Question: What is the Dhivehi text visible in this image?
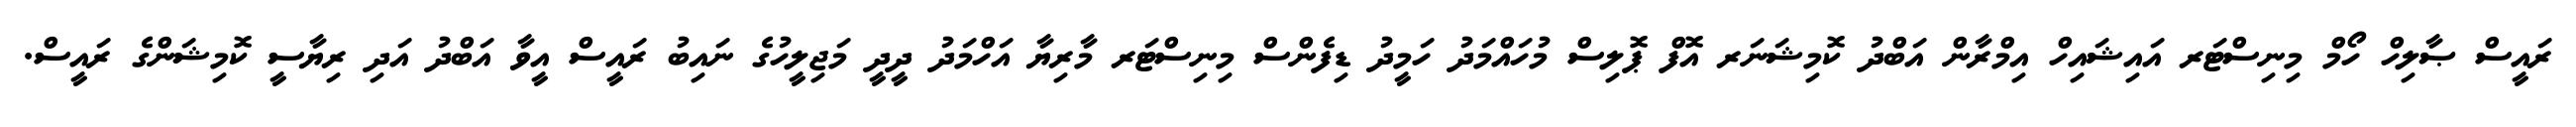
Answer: ރައީސް ޞާލިހް ހޯމް މިނިސްޓަރ އައިޝައިހް އިމްރާން އަބްދު ކޮމިޝަނަރ އޮފް ޕޮލިސް މުހައްމަދު ހަމީދު ޑިފެންސް މިނިސްޓަރ މާރިޔާ އަހްމަދު ދީދީ މަޖިލީހުގެ ނައިބު ރައީސް އީވާ އަބްދު އަދި ރިޔާސީ ކޮމިޝަންގެ ރައީސް.